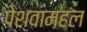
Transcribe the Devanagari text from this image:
पेशवामहल